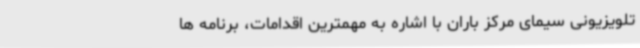
تلویزیونی سیمای مرکز باران با اشاره به مهمترین اقدامات، برنامه ها